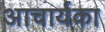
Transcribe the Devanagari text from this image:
अाचार्यका